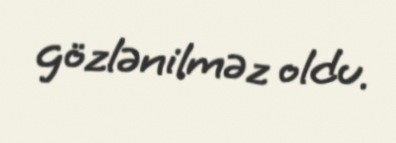
gözlənilməz oldu.